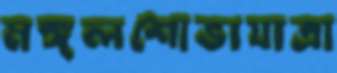
মঙ্গলশোভাযাত্রা